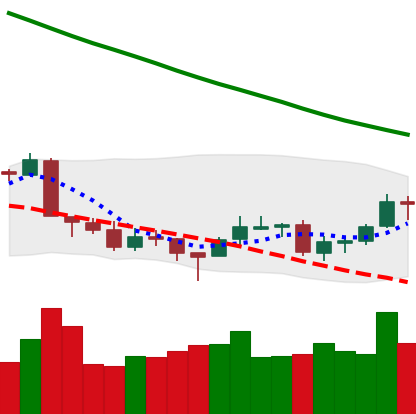
Ticker: LTC-USD
Chart end date: 2018-09-22
Forward return: 4.207%
Label: up_3_5